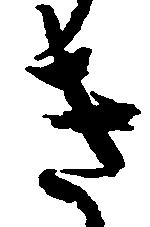
き